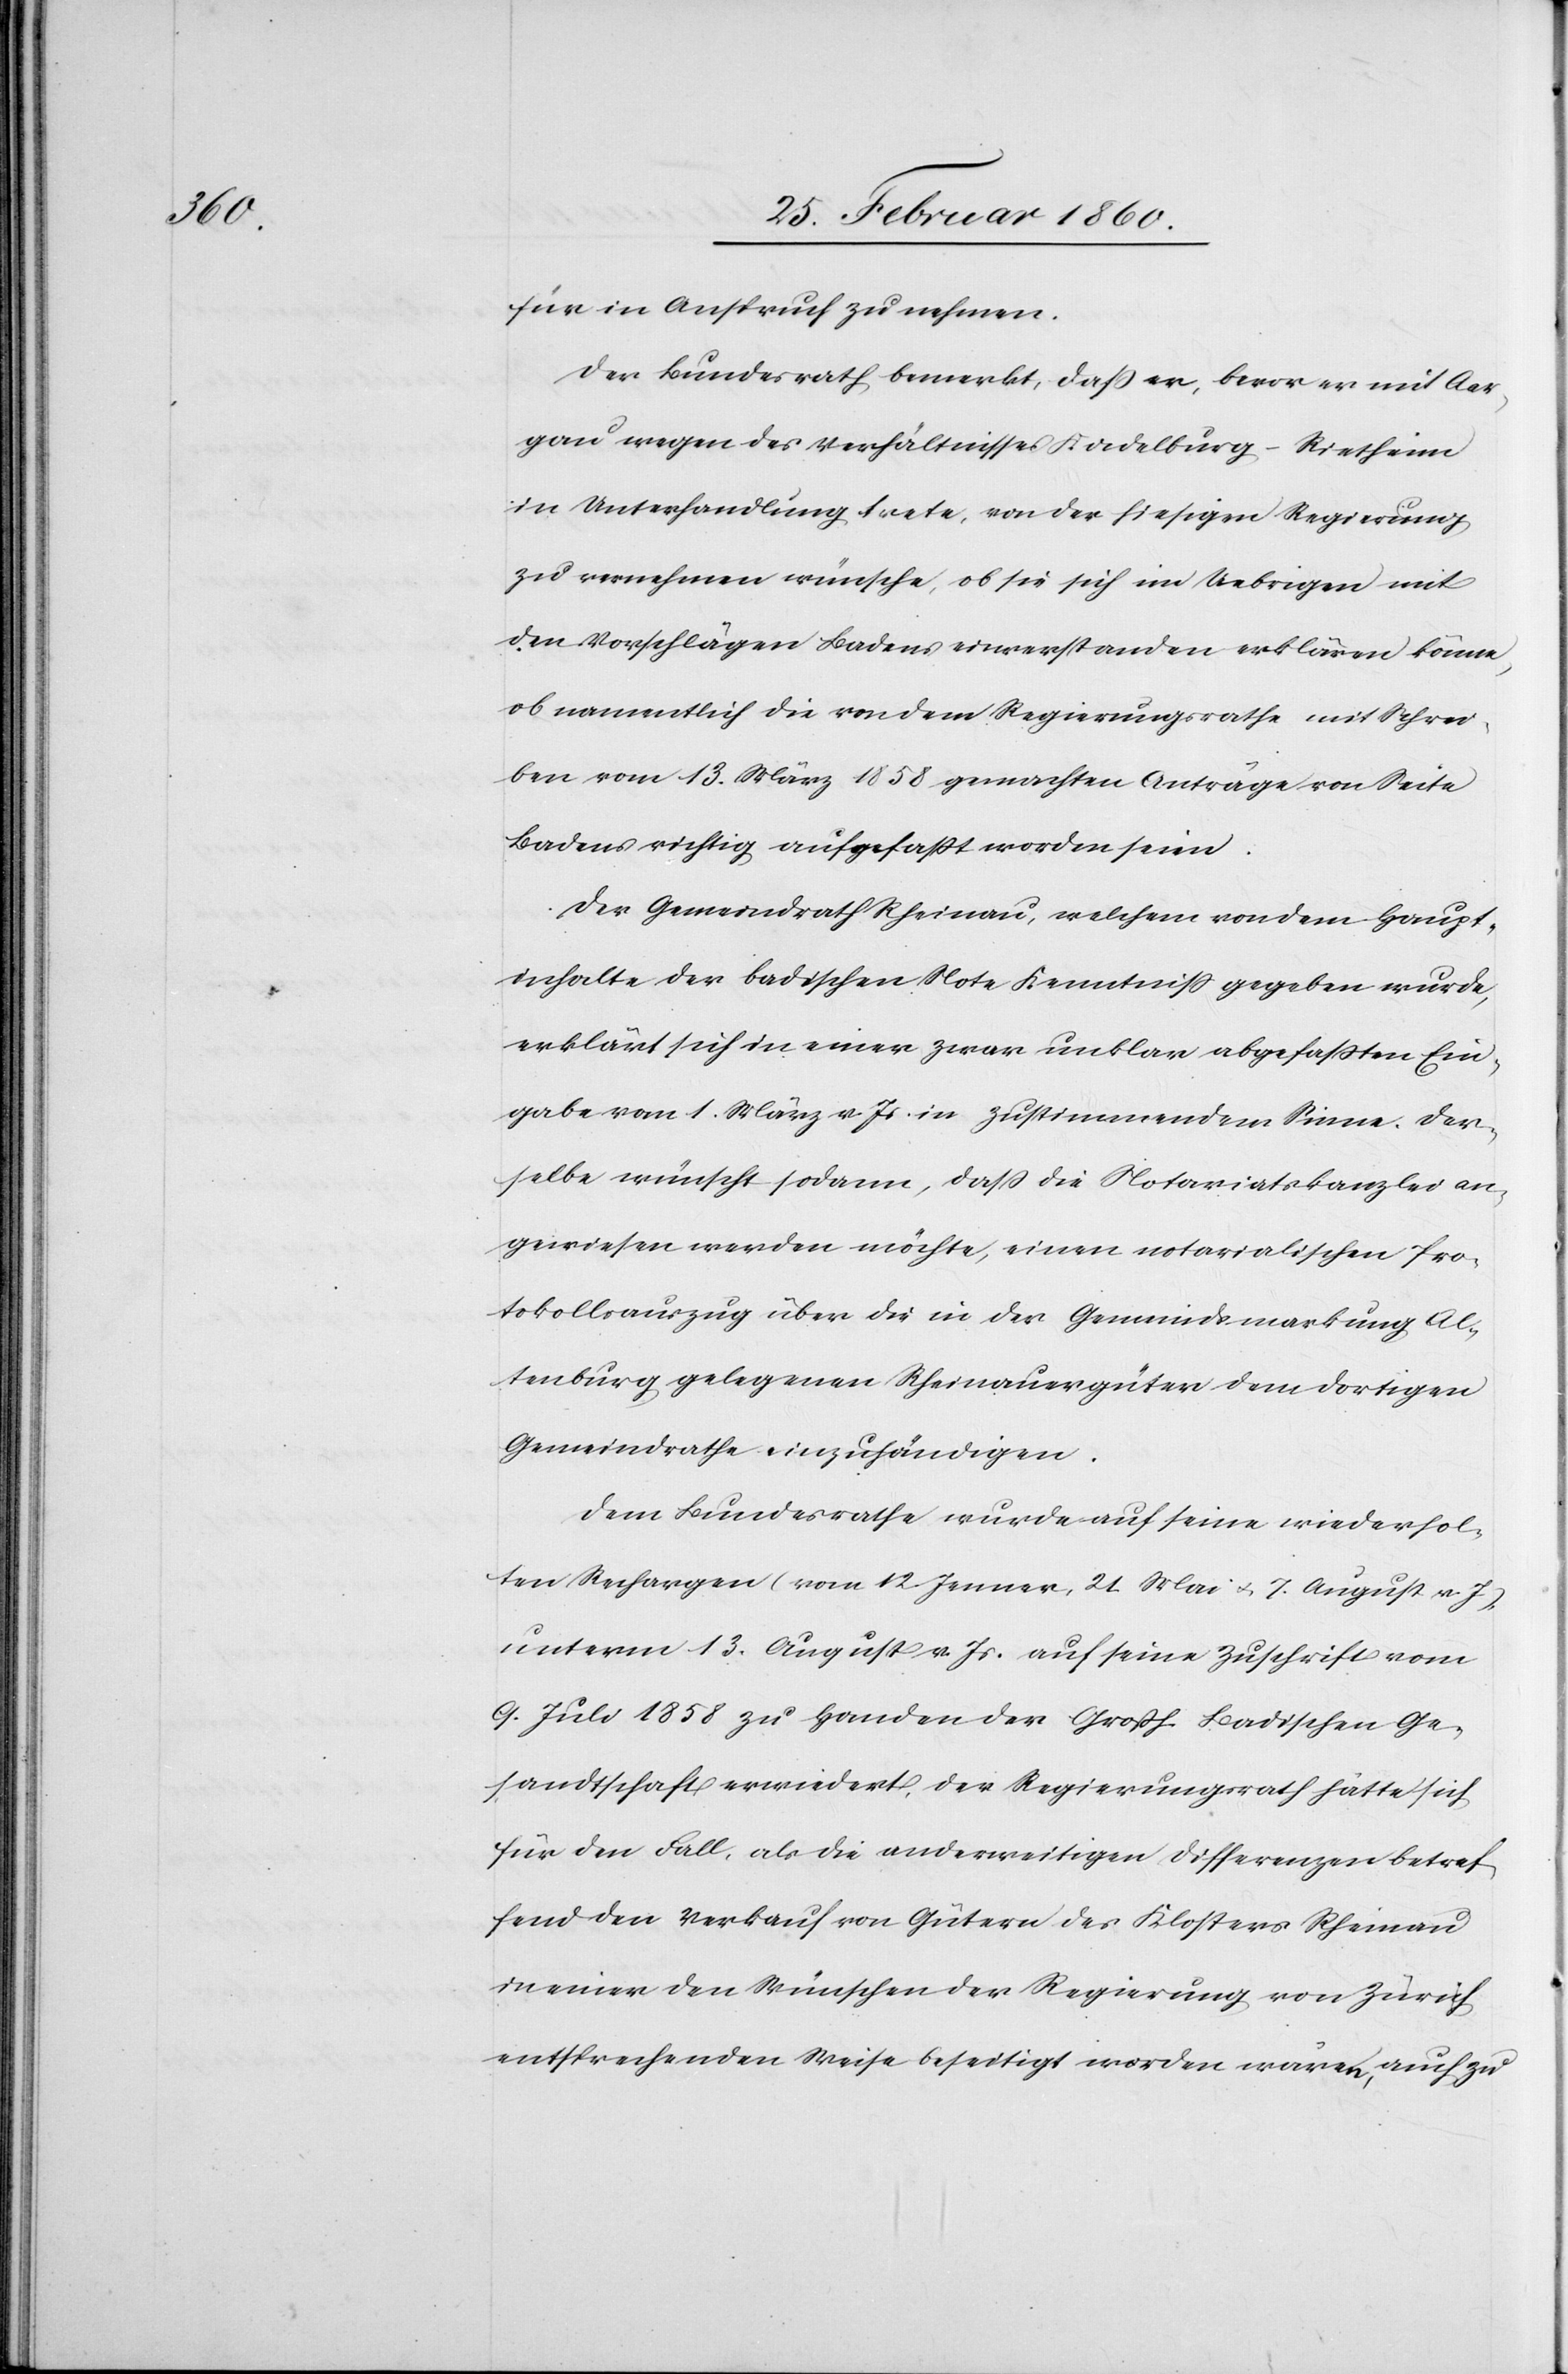
für in Anspruch zu nehmen.
Der Bundesrath bemerkt, dass er, bevor er mit Aar¬
gau wegen des Verhältnisses Kadelburg-Rietheim
in Unterhandlung trete, von der hiesigen Regierung
zu vernehmen wünsche, ob sie sich im Uebrigen mit
den Vorschlägen Badens einverstanden erklären könne,
ob namentlich die von dem Regierungsrathe mit Schrei¬
ben vom 13. März 1858 gemachten Anträge von Seite
Badens richtig aufgefaßt worden seien.
Der Gemeindrath Rheinau, welchem von dem Haupt¬
inhalte der badischen Note Kenntniss gegeben wurde,
erklärt sich in einer zwar unklar abgefassten Ein¬
gabe vom 1. März v. Js. in zustimmendem Sinne. Der¬
selbe wünscht sodann, dass die Notariatskanzlei an¬
gewiesen werden möchte, einen notarialischen Pro¬
tokollsauszug über die in der Gemeindsmarkung Al¬
tenburg gelegenen Rheinauergüter dem dortigen
Gemeindrathe einzuhändigen.
Dem Bundesrathe wurde auf seine wiederhol¬
ten Rechargen [vom 12. Jenner, 21. Mai u. 7. August v. J.],
unterm 13. August v. Js. auf seine Zuschrift vom
9. Juli 1858 zu Handen der Grossh. Badischen Ge¬
sandtschaft erwiedert, der Regierungsrath hätte sich
für den Fall, als die anderweitigen Differenzen betref¬
fend den Verkauf von Gütern des Klosters Rheinau
in einer den Wünschen der Regierung von Zürich
entsprechenden Weise beseitigt worden wären, auch zu